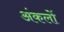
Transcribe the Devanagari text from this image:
अंकलों